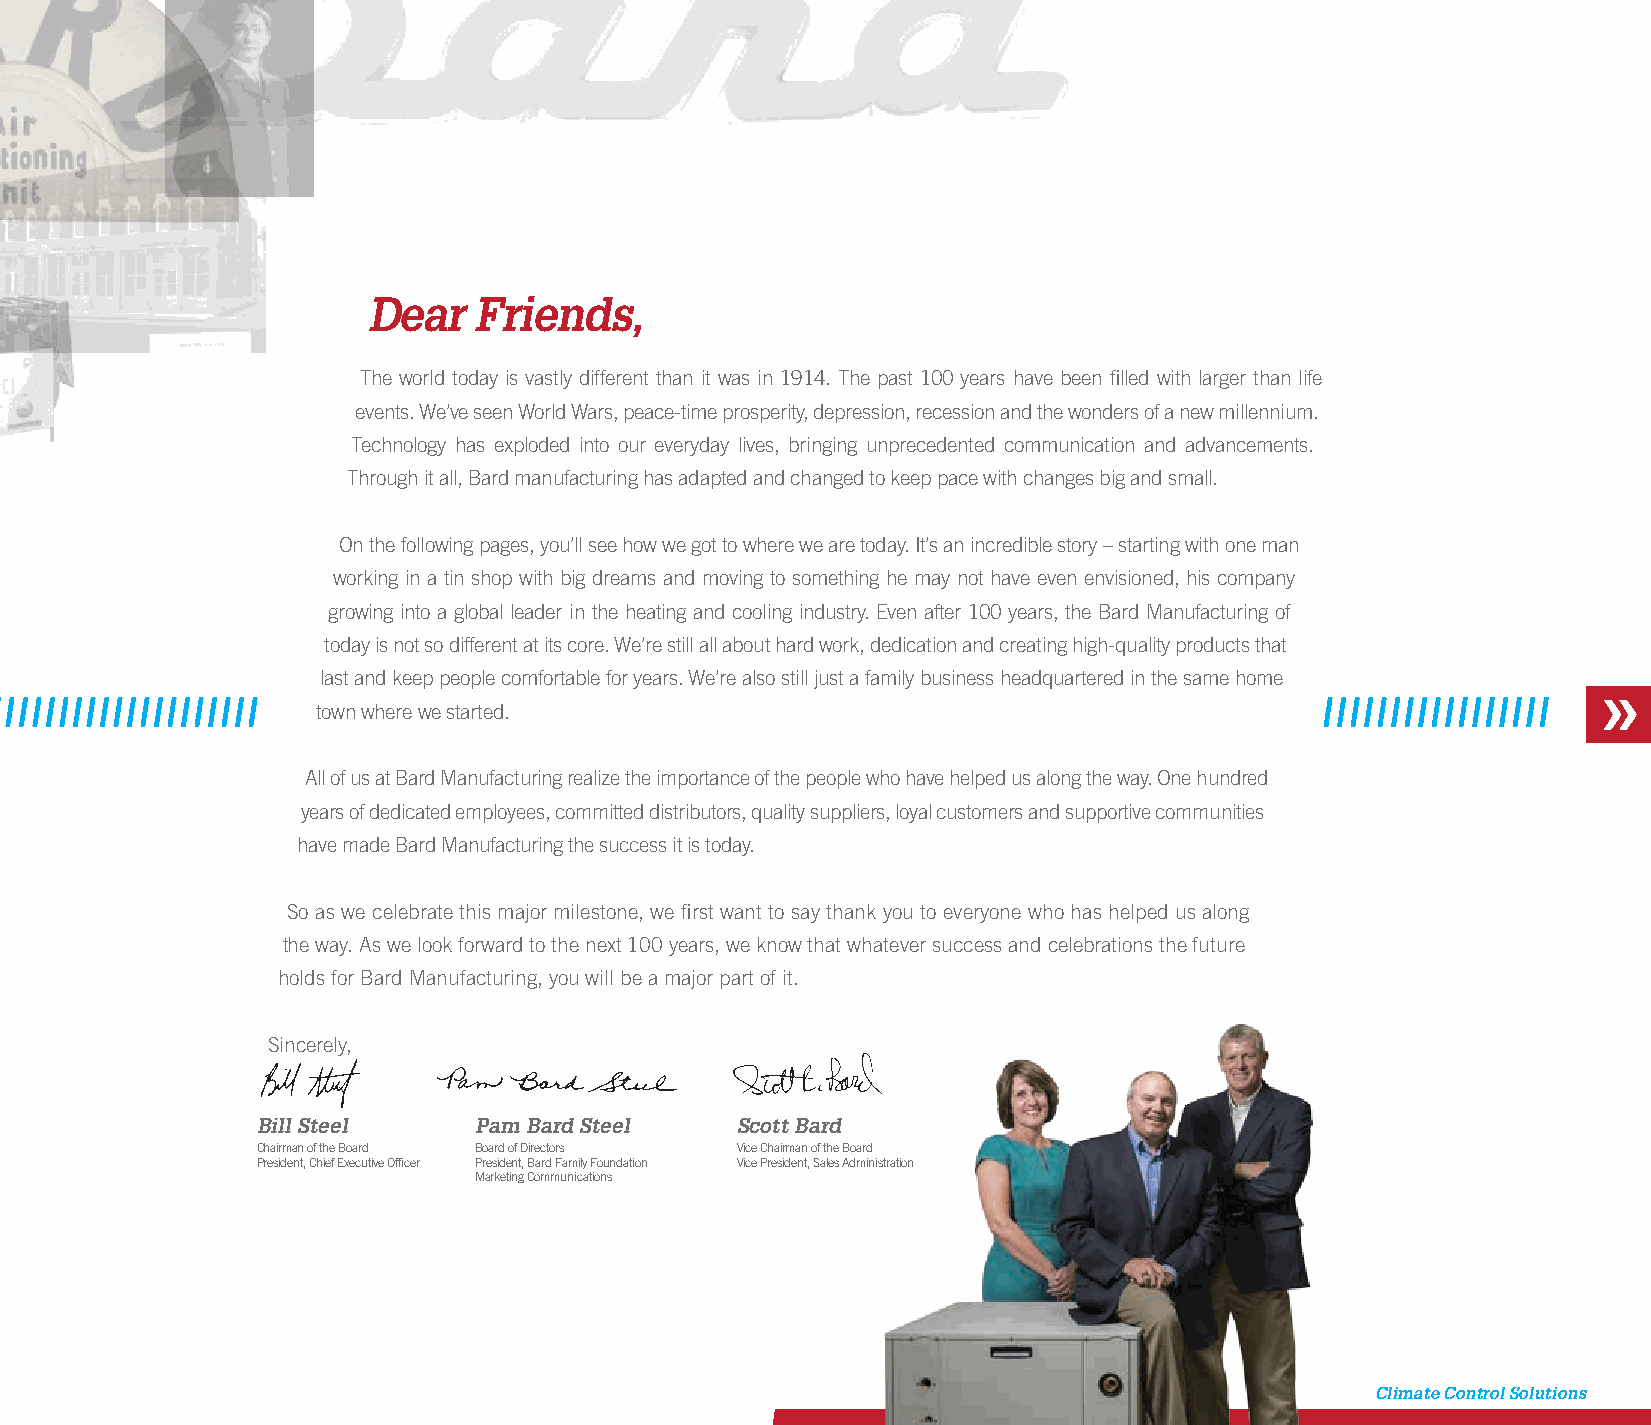
Dear   Friends,
 The world today is vastly different than it was in 1914. The past 100 years have been filled with larger than life
 events. We’ve seen World Wars, peace-time prosperity, depression, recession and the wonders of a new millennium.
 Technology has exploded into our everyday lives, bringing unprecedented communication and advancements.
 Through it all, Bard manufacturing has adapted and changed to keep pace with changes big and small.
 On the following pages, you’ll see how we got to where we are today. It’s an incredible story – starting with one man
 working in a tin shop with big dreams and moving to something he may not have even envisioned, his company
 growing into a global leader in the heating and cooling industry. Even after 100 years, the Bard Manufacturing of
 today is not so different at its core. We’re still all about hard work, dedication and creating high-quality products that
 last and keep people comfortable for years. We’re also still just a family business headquartered in the same home
 town where we started.
 All of us at Bard Manufacturing realize the importance of the people who have helped us along the way. One hundred
 years of dedicated employees, committed distributors, quality suppliers, loyal customers and supportive communities
 have made Bard Manufacturing the success it is today.
 So as we celebrate this major milestone, we first want to say thank you to everyone who has helped us along
 the way. As we look forward to the next 100 years, we know that whatever success and celebrations the future
 holds for Bard Manufacturing, you will be a major part of it.
 Sincerely,
 Bill Steel    Pam Bard Steel    Scott Bard
 Chairman of the Board Board of Directors Vice Chairman of the Board
 President, Chief Executive Officer President, Bard Family Foundation Vice President, Sales Administration
 Marketing Communications
 Climate Control Solutions